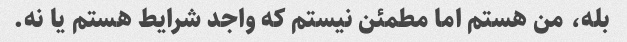
بله، من هستم اما مطمئن نیستم که واجد شرایط هستم یا نه.